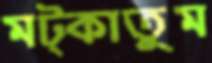
মট্‌কাতুম